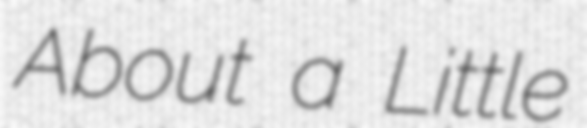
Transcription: About a Little